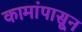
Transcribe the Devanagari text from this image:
कामांपासून